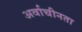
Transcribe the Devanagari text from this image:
अर्वाचीनता